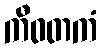
ကီဝတကံ